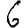
Digit: 6